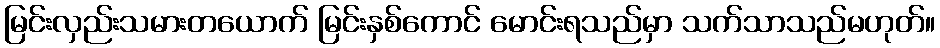
မြင်းလှည်းသမားတယောက် မြင်းနှစ်ကောင် မောင်းရသည်မှာ သက်သာသည်မဟုတ်။